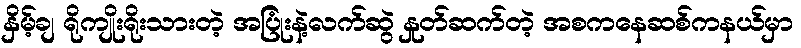
နှိမ့်ချ ရိုကျိုးရိုးသားတဲ့ အပြုံးနဲ့လက်ဆွဲ နှုတ်ဆက်တဲ့ အစကနေဆစ်ကနယ်မှာ